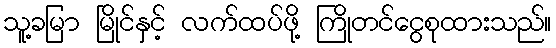
သူ့ခမြာ မြိုင်နှင့် လက်ထပ်ဖို့ ကြိုတင်ငွေစုထားသည်။